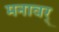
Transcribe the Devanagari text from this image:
मनावर्